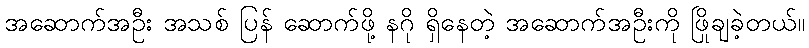
အဆောက်အဦး အသစ် ပြန် ဆောက်ဖို့ နဂို ရှိနေတဲ့ အဆောက်အဦးကို ဖြိုချခဲ့တယ်။